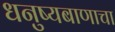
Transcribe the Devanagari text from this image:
धनुष्यबाणाचा